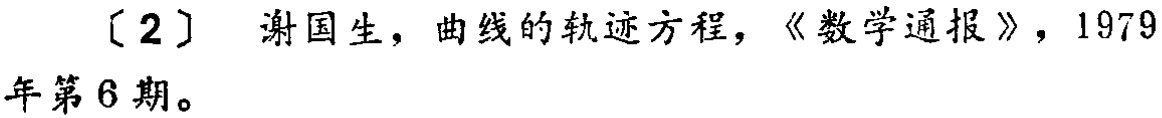
[2] 谢国生，曲线的轨迹方程，《数学通报》，1979年第6期。